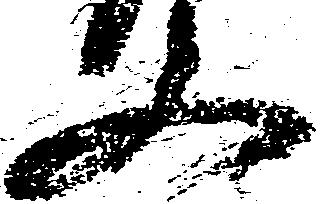
又